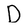
Character: D